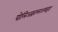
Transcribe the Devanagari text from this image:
पोलिअक्राय्लअमाइड